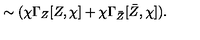
\sim ( \chi \Gamma _ { Z } [ Z , \chi ] + \chi \Gamma _ { \bar { Z } } [ \bar { Z } , \chi ] ) .